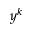
y ^ { k }